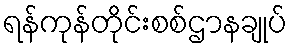
ရန်ကုန်တိုင်းစစ်ဌာနချုပ်